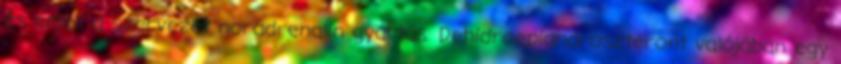
és emeli a szervezet noradrenalin gyártás. Dehidroepiandroszteront valójában egy